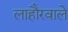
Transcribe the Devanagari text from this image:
लाहौरवाले